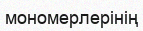
мономерлерінің